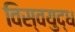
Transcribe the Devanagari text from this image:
विस्वयुद्ध